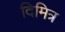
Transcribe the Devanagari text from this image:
दिमित्र